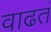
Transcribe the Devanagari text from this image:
वाढतं